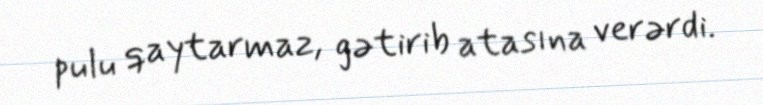
pulu qaytarmaz, gətirib atasına verərdi.